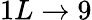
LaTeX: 1L\to 9